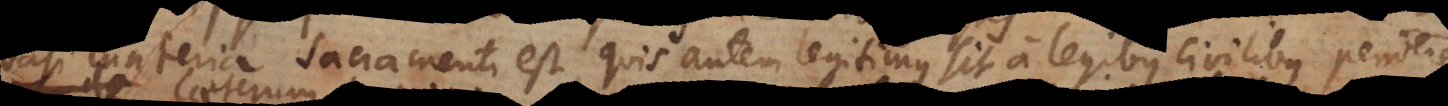
quasi materia Sacramenti est, quis autem legitimus sit a legibus civilibus pendere